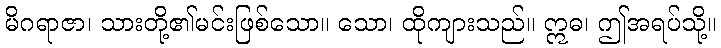
မိဂရာဇာ၊ သားတို့၏မင်းဖြစ်သော။ သော၊ ထိုကျားသည်။ ဣဓ၊ ဤအရပ်သို့။